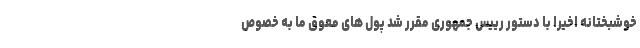
خوشبختانه اخیرا با دستور رییس جمهوری مقرر شد پول های معوق ما به خصوص